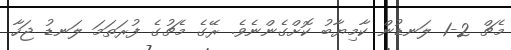
މެޗް 2-1 ލަނޑުން ކާމިޔާބު ކޮށްގެންނެވެ. ރޭގެ މެޗުގެ ފުރަތަމަ ލަނޑު ޖަހާ